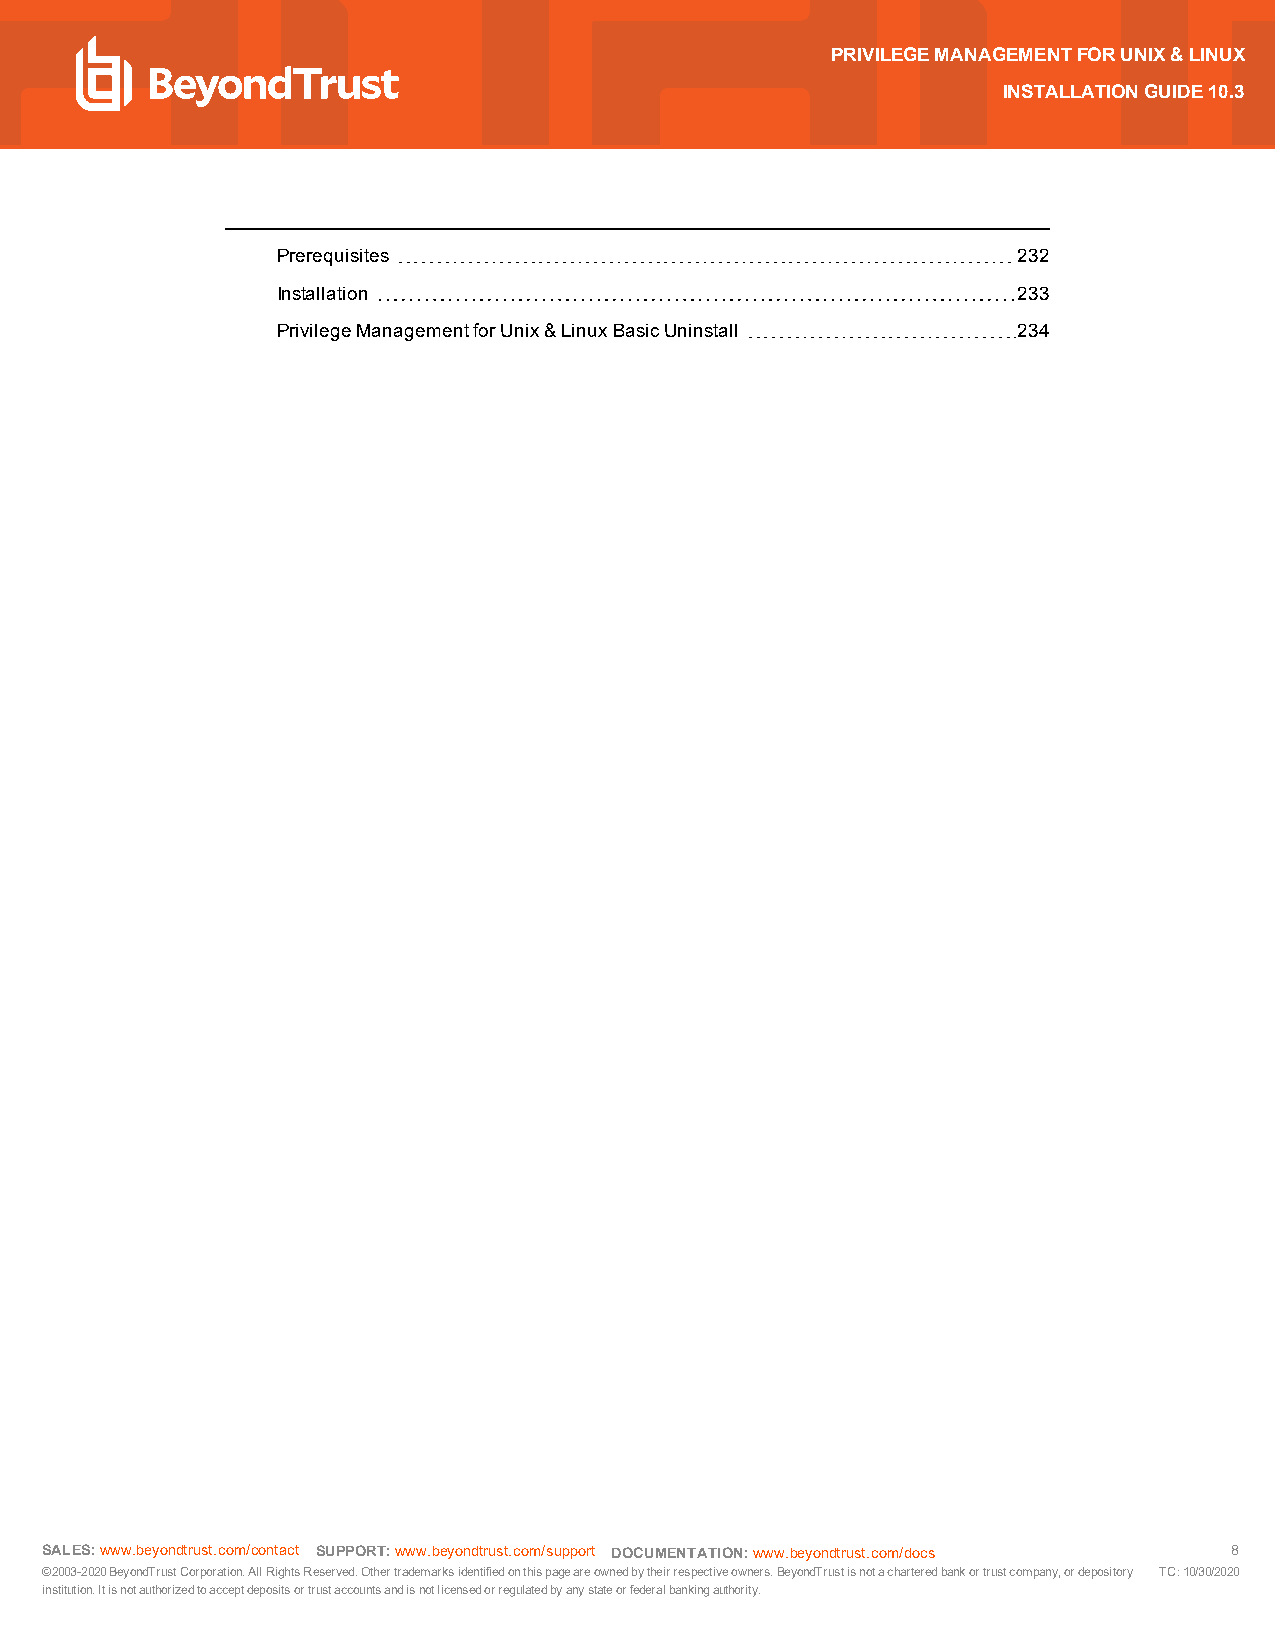
Thispageneededfortableof
 contents.Donotdelete.                                  PRIVILEGEMANAGEMENTFORUNIX&LINUX
 INSTALLATIONGUIDE10.3
 Prerequisites                                    232
 Installation                                     233
 PrivilegeManagementforUnix&LinuxBasicUninstall   234
 SALES:www.beyondtrust.com/contact SUPPORT:www.beyondtrust.com/support DOCUMENTATION:www.beyondtrust.com/docs 8
 ©2003-2020BeyondTrustCorporation.AllRightsReserved.Othertrademarksidentifiedonthispageareownedbytheirrespectiveowners.BeyondTrustisnotacharteredbankortrustcompany,ordepository TC:10/30/2020
 institution.Itisnotauthorizedtoacceptdepositsortrustaccountsandisnotlicensedorregulatedbyanystateorfederalbankingauthority.